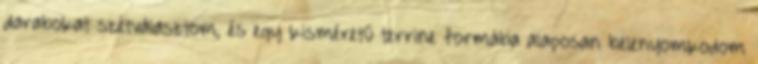
darabokat szétválasztom, és egy kisméretű terrine formába alaposan belenyomkodom